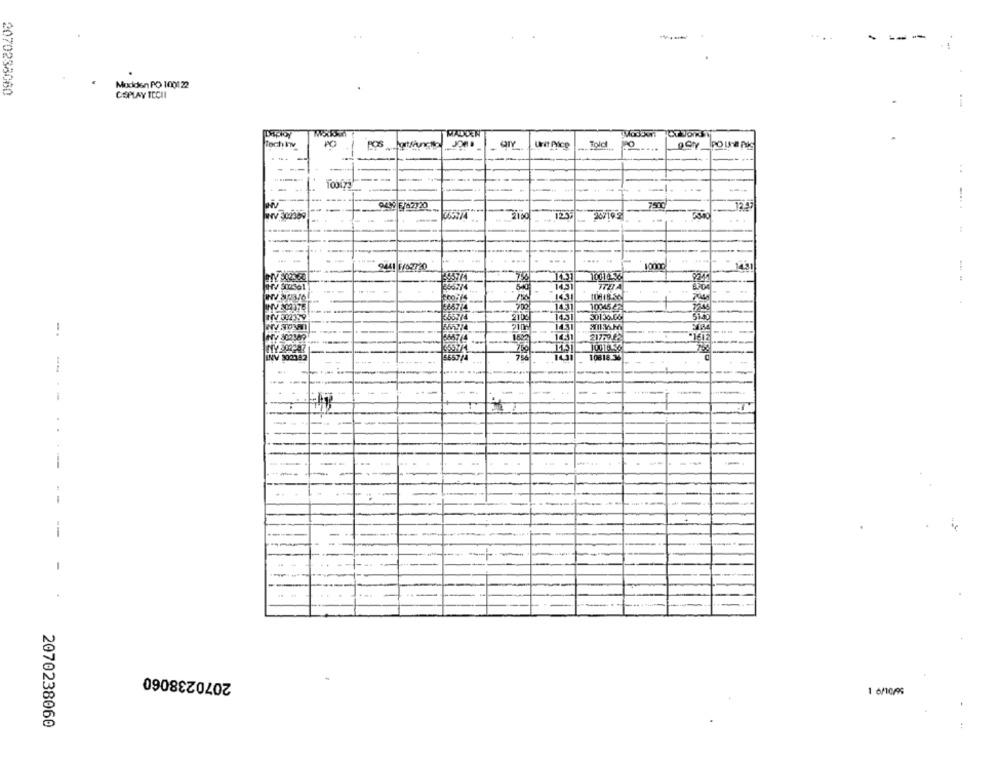
Modden PO 100122
2070238060
CEPLAY TECHI
Toch Inv
PO
Urd Pico
GIY
----
949 5/42/20
7500
...
...
2441 F/02720
451
10010.361
--
366774
340
14.31
1431
10045 22
NV 302159
55714
14.51
30130.06
1431
-.
21779.62
13647(4
10010.59
INV 3020.42
5657/4
14.31
10818.36
--
---
-
-
1
----
2070238060
2070238060